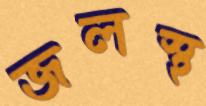
জলস্থ